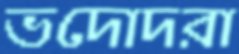
ভদোদরা